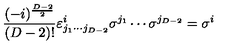
\frac { ( - i ) ^ { \frac { D - 2 } { 2 } } } { ( D - 2 ) ! } \varepsilon _ { j _ { 1 } \cdots j _ { D - 2 } } ^ { i } \sigma ^ { j _ { 1 } } \cdots \sigma ^ { j _ { D - 2 } } = \sigma ^ { i }